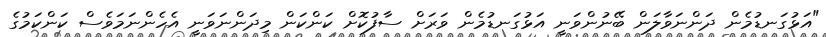
"އަޅުގަނޑުމެން ދަންނަވާލަން ބޭނުންވަނީ އަޅުގަނޑުމެން ވަރަށް ސާފުކޮށް ކަންކަން މިދަންނަވަނީ އެހެންނަމަވެސް ކަންކަމުގެ